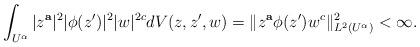
LaTeX: \begin{align*}\int_{U^\alpha}|z^{\mathbf a}|^2|\phi({z^{\prime}})|^2|w|^{2c}dV(z,z^\prime,w)=\|z^{\mathbf a}\phi({z^{\prime}})w^c\|^2_{L^2(U^{\alpha})}<\infty.\end{align*}